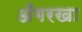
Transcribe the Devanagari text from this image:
अँगरखा